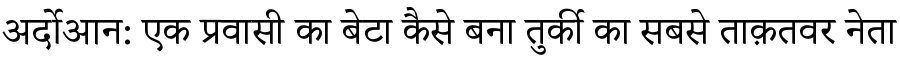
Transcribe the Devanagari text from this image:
अर्दोआन: एक प्रवासी का बेटा कैसे बना तुर्की का सबसे ताक़तवर नेता